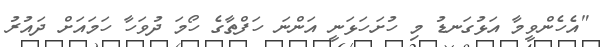
"އެހެންވީމާ އަޅުގަނޑު މި ހުށަހަޅަނީ އަންނަ ހަފްތާގެ ހޯމަ ދުވަހާ ހަމައަށް ދައުރު